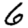
Digit: 6